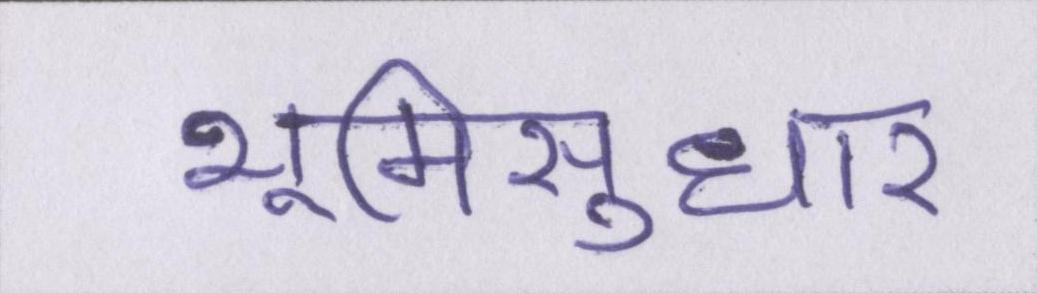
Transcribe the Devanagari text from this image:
भूमिसुधार